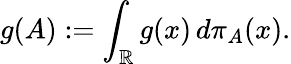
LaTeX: g(A):=\int_{\mathbb{R}}g(x)\, d\pi_{A}(x).